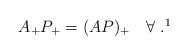
LaTeX: \begin{align*} A_+P_+=(AP)_+ \quad\forall\; .\footnotemark\end{align*}